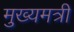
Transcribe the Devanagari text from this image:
मुख्यमत्री